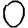
Digit: 0